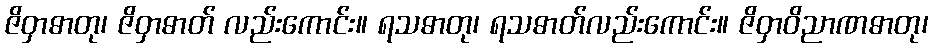
ဇိဝှာဓာတု၊ ဇိဝှာဓာတ် လည်းကောင်း။ ရသဓာတု၊ ရသဓာတ်လည်းကောင်း။ ဇိဝှာဝိညာဏဓာတု၊